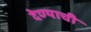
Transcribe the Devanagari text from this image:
देण्‍याची